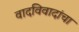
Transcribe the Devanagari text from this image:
वादविवादांचा